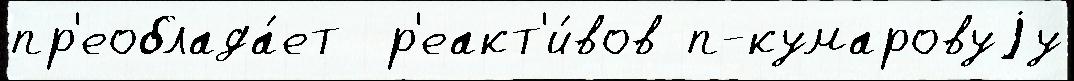
пр'еоблада́ет  р'еакт'и́вов п-кумаровуjу